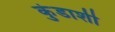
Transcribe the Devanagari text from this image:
कुंडाशी